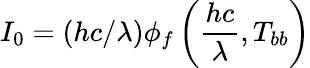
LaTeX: I_{0}=(hc/\lambda)\phi_{f}\left(\frac{hc}{\lambda},T_{bb}\right)